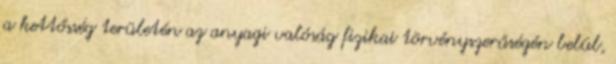
a kettősség területén az anyagi valóság fizikai törvényszerűségén belül,